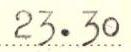
23.30